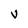
Character: V